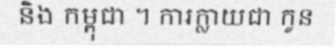
និង កម្ពុជា ។ ការក្លាយជា កូន